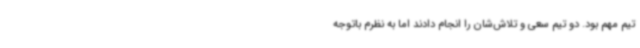
تیم مهم بود. دو تیم سعی و تلاش‌شان را انجام دادند اما به نظرم باتوجه